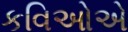
કવિઓએ